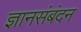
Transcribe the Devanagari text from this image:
ज्ञानसंबंदन